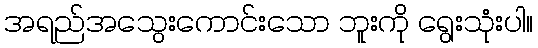
အရည်အသွေးကောင်းသော ဘူးကို ရွေးသုံးပါ။